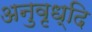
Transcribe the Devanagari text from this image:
अनुवृध्दि